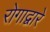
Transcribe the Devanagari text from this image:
रोगाद्वारे